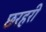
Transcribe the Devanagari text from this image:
छरहरी